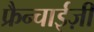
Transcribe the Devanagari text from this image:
फ्रैन्चाईज़ी